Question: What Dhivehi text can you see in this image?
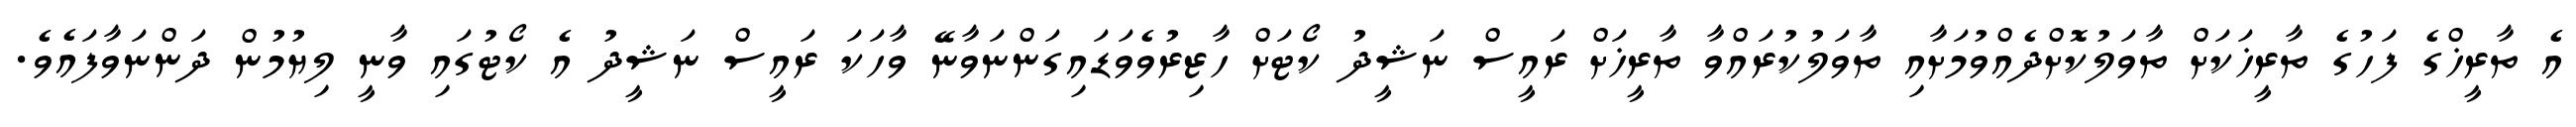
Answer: އެ ތާރީޚްގެ ފަހުގެ ތާރީޚަކަށް ތާވަލުކޮށްދެއްވުމަށާއި ތާވަލުކުރައްވާ ތާރީޚަށް ރައީސް ނަޝީދު ކޯޓަށް ހާޒިރުވެވަޑައިގަންނަވާނޭ ވާހަކަ ރައީސް ނަޝީދު އެ ކޯޓުގައި ވާނީ ލިޔުމުން ދަންނަވާފައެވެ.